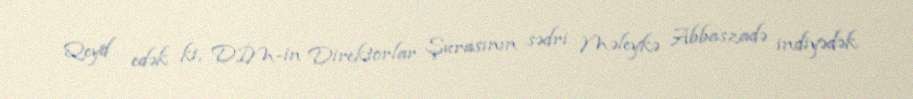
Qeyd edək ki, DİM-in Direktorlar Şurasının sədri Məleykə Abbaszadə indiyədək